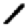
Digit: 1